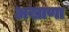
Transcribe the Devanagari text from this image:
अखाणा